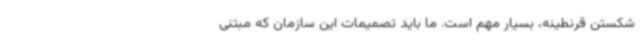
شکستن قرنطینه، بسیار مهم است. ما باید تصمیمات این سازمان که مبتنی